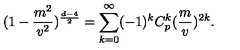
( 1 - \frac { m ^ { 2 } } { v ^ { 2 } } ) ^ { \frac { d - 4 } { 2 } } = \sum _ { k = 0 } ^ { \infty } ( - 1 ) ^ { k } C _ { p } ^ { k } ( \frac { m } { v } ) ^ { 2 k } .